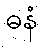
ဓနံ